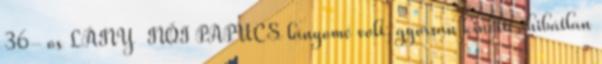
36- os LÁNY NŐI PAPUCS lányomé volt, gyorsan kinőtte, hibátlan